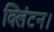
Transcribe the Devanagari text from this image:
क्लिंटन।